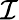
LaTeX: \mathcal{I}